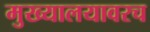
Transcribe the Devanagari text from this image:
मुख्यालयावरच